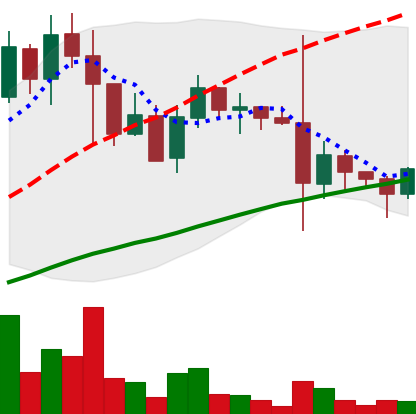
Ticker: DOGE-USD
Chart end date: 2021-05-24
Forward return: -17.22%
Label: down_7plus